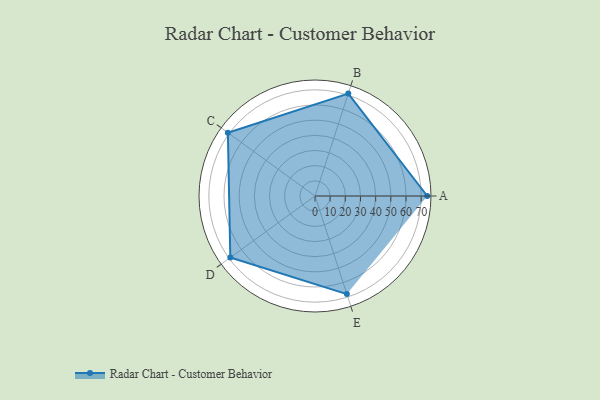
{"axis": {"x": "Skill", "y": "Score"}, "legend": ["Profile"], "data": [{"x": "A", "y": 74.0, "type": "Profile"}, {"x": "B", "y": 71.0, "type": "Profile"}, {"x": "C", "y": 71.0, "type": "Profile"}, {"x": "D", "y": 69.0, "type": "Profile"}, {"x": "E", "y": 68.0, "type": "Profile"}]}